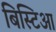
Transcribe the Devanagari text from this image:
बिस्टिआ